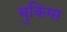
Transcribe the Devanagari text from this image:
बुकिंग्स